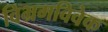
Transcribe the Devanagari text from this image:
विभ्रमविवेक